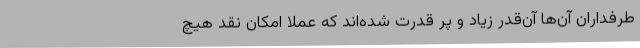
طرفداران آن‌ها آن‌قدر زیاد و پر قدرت شده‌اند که عملاً امکان نقد هیچ